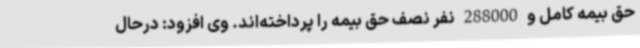
حق بیمه کامل و 288000 نفر نصف حق بیمه را پرداخته‌اند. وی افزود: درحال